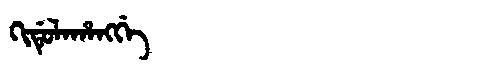
Manchu: ᡴᡳᡩᡠᠯᠠᡥᠠᠩᡤᡝ
Romanization: KIDULAHANGGE